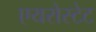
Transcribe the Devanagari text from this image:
एयरोस्टेट